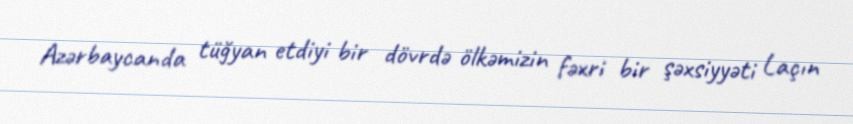
Azərbaycanda tüğyan etdiyi bir dövrdə ölkəmizin fəxri bir şəxsiyyəti Laçın